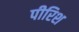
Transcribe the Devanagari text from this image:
पीरिश